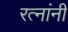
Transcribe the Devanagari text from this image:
रत्नांनी